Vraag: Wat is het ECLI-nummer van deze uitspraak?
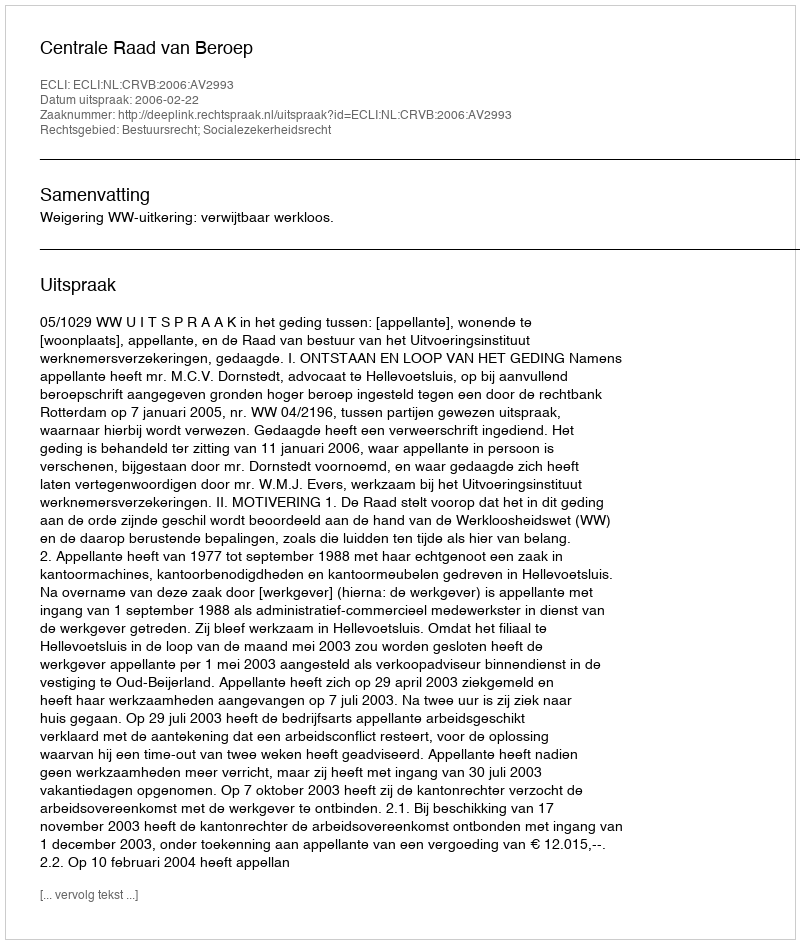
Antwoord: ECLI:NL:CRVB:2006:AV2993